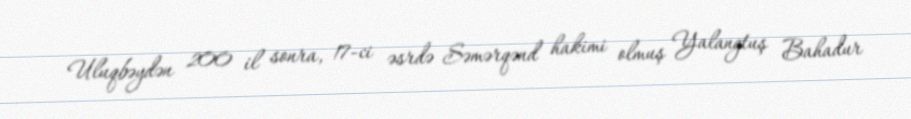
Uluqbəydən 200 il sonra, 17-ci əsrdə Səmərqənd hakimi olmuş Yalangtuş Bahadur